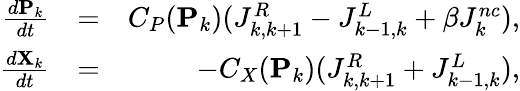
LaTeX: \begin{array}{rlr}{\frac{d\mathbf{P}_{k}}{dt}}&{=}&{C_{P}(\mathbf{P}_{k})(J_{k,k+1}^{R}-J_{k-1,k}^{L}+\beta J_{k}^{nc}),}\\ {\frac{d\mathbf{X}_{k}}{dt}}&{=}&{-C_{X}(\mathbf{P}_{k})(J_{k,k+1}^{R}+J_{k-1,k}^{L}),}\end{array}